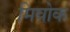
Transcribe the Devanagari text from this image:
मिवोक